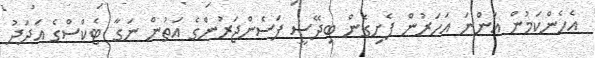
އެހެންކަމުން އަންނަ އަހަރުން ފެށިގެން ބިދޭސީ ފަސެންޖަރުންގެ އަތުން ނަގާ ޓެކްސްގެ އަދަދު